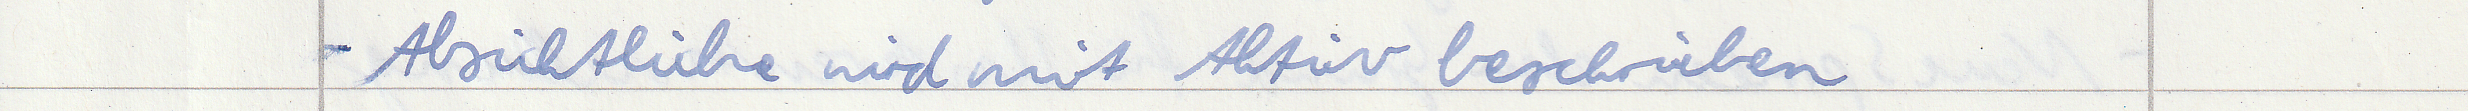
- Absichtliche wird mit Aktiv beschrieben